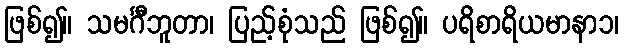
ဖြစ်၍။ သမင်္ဂီဘူတာ၊ ပြည့်စုံသည် ဖြစ်၍။ ပရိစာရိယမာနာ၁၊